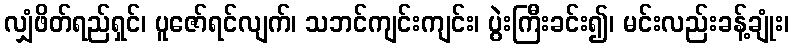
လျှံဖိတ်ရည်ရှင်၊ ပူဇော်ရင်လျက်၊ သဘင်ကျင်းကျင်း၊ ပွဲးကြီးခင်း၍၊ မင်းလည်းခန့်ချုံး၊